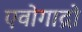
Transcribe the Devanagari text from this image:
एवोगाद्रो